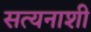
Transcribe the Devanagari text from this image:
सत्यनाशी